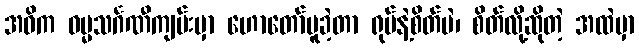
အဓိက ဓမ္မသင်္ဂဏီကျမ်းမှာ ဟောတော်မူခဲ့တာ ရုပ်နဲ့စိတ်ပဲ၊ စိတ်လို့ဆိုတဲ့ အထဲမှာ